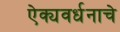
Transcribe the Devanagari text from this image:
ऐक्यवर्धनाचे